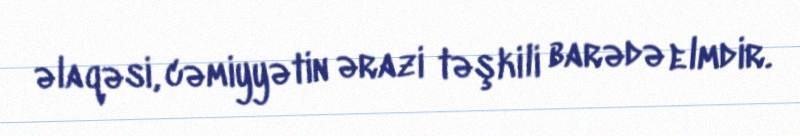
əlaqəsi, cəmiyyətin ərazi təşkili barədə elmdir.